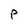
Character: P